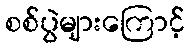
စစ်ပွဲများကြောင့်